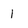
Character: 1